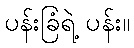
ပန်းခြံရဲ့ ပန်း။